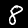
Digit: 8